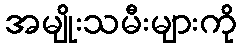
အမျိုးသမီးများကို